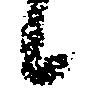
候